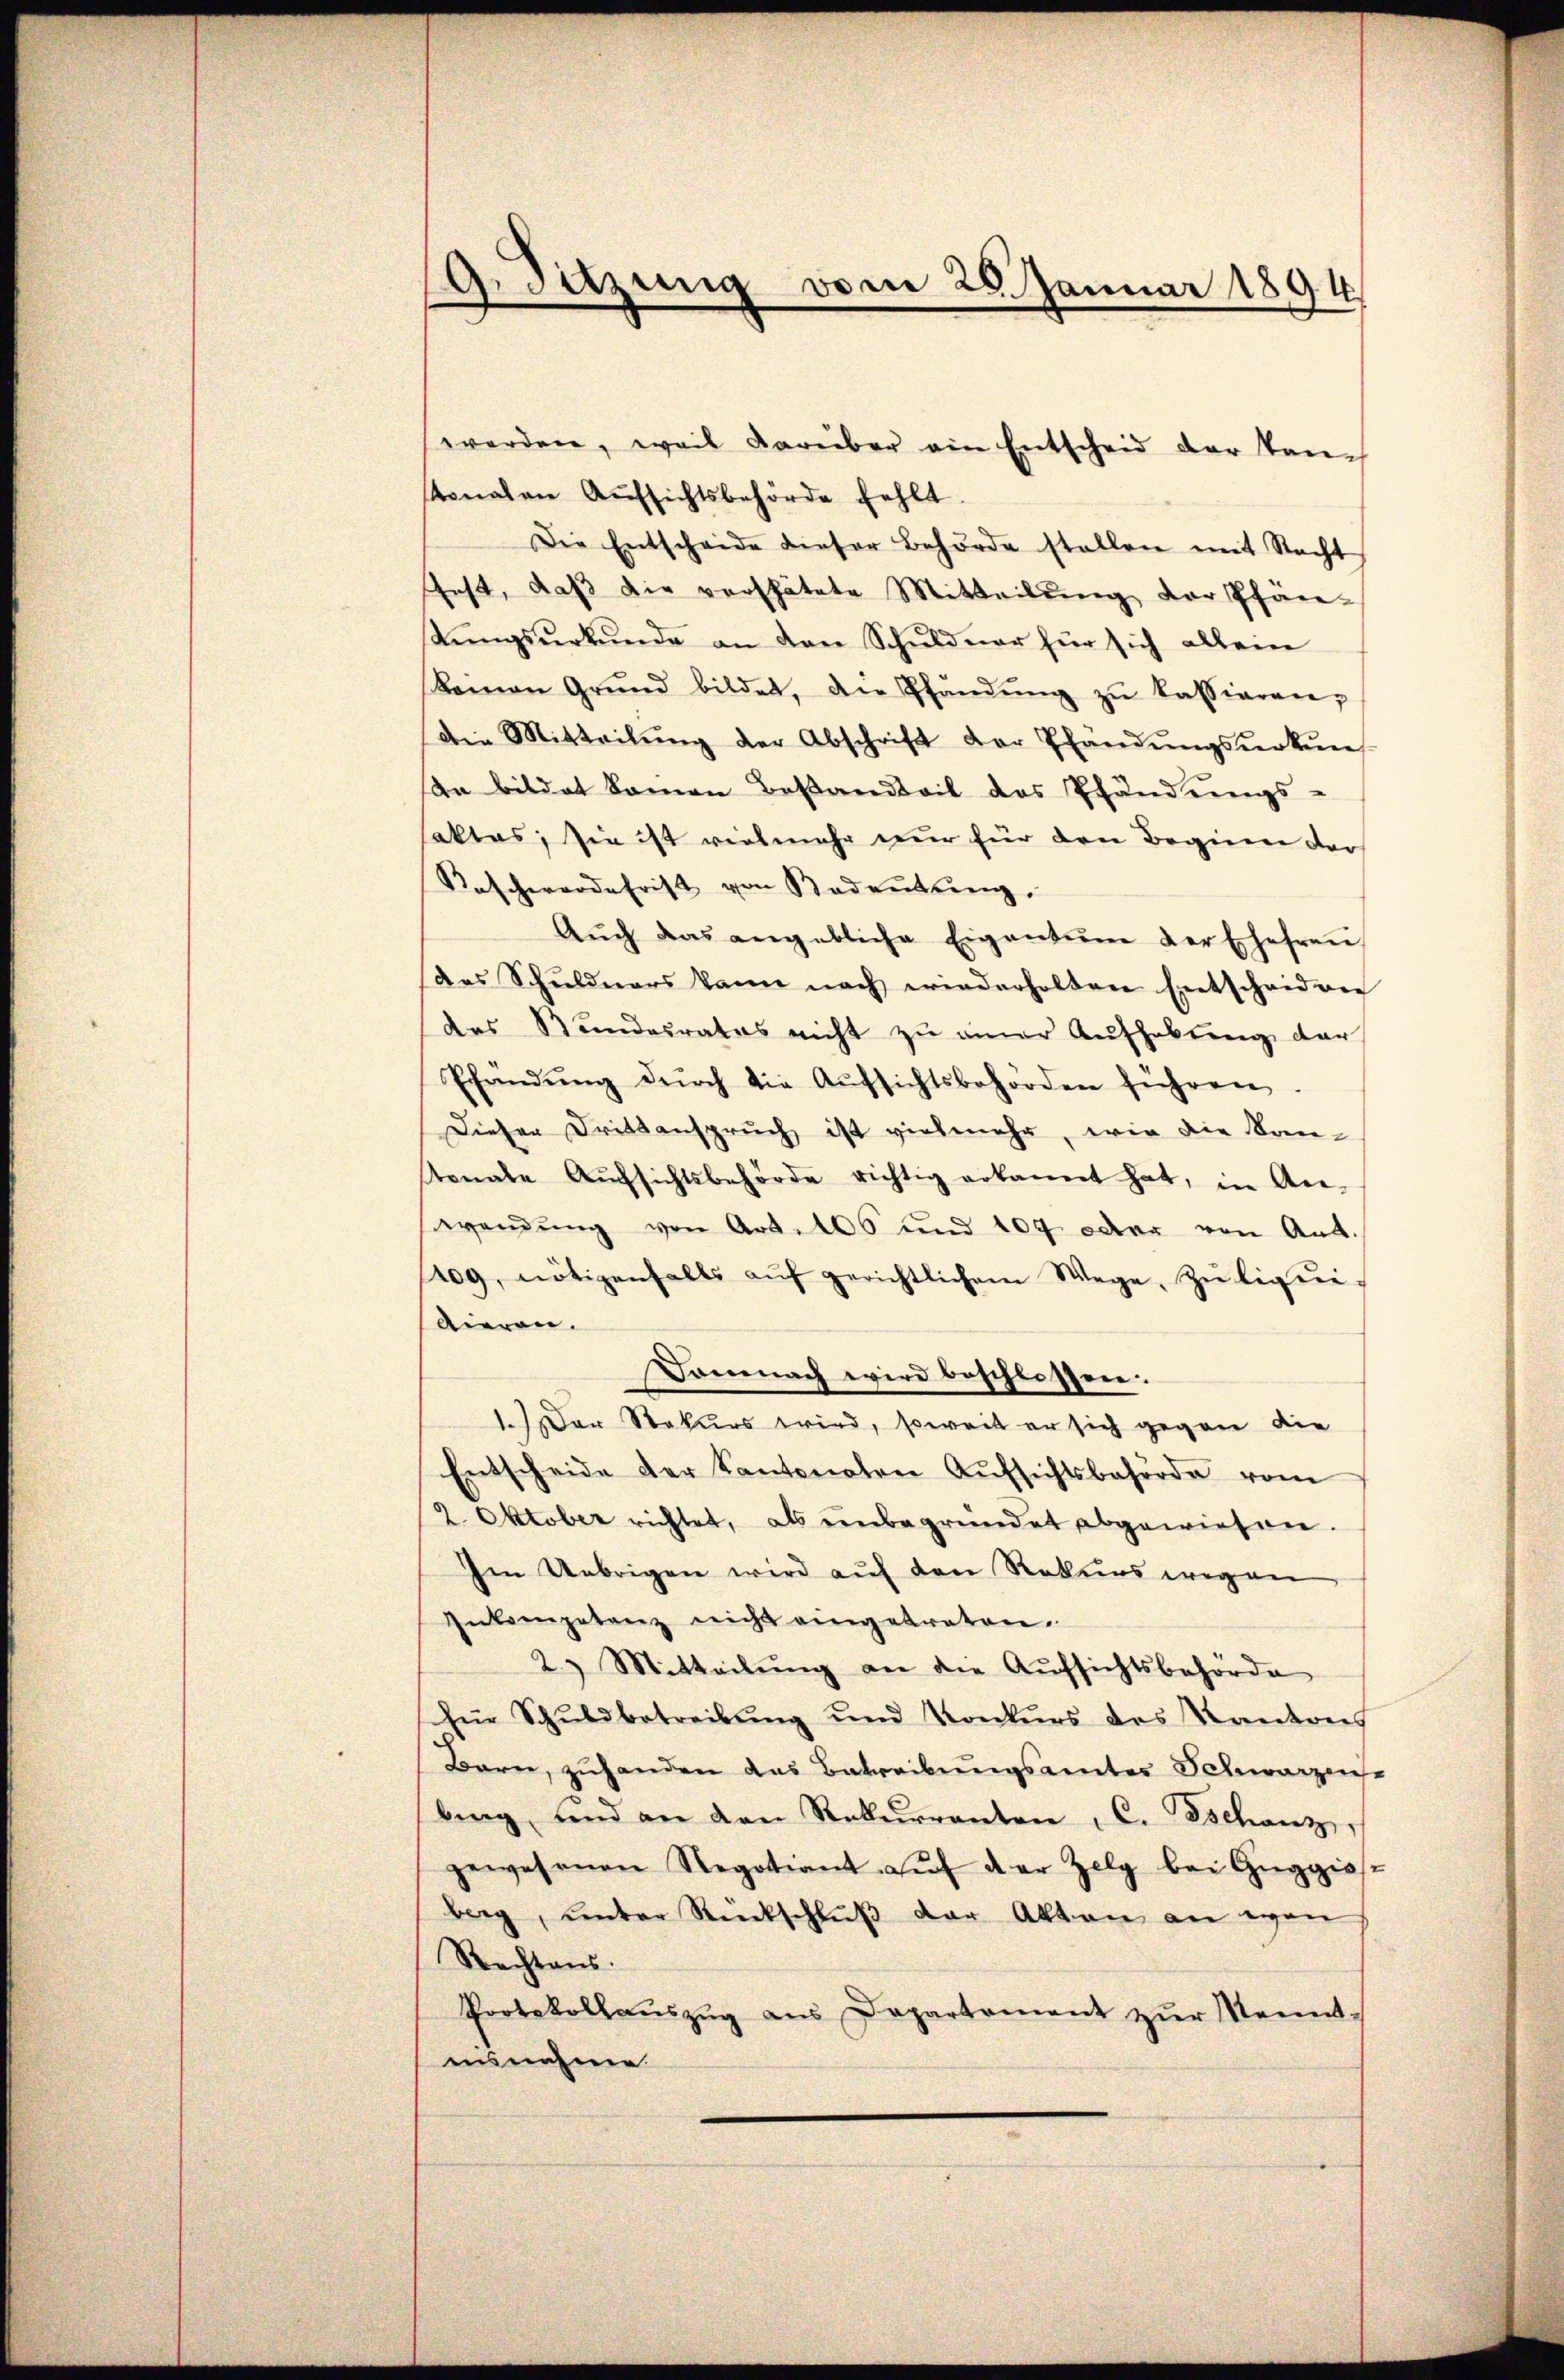
Gazung vom 28. Januar 1894

werden, weil darüber ein Entscheid der tauch
tonalen Aŭfsichtsbehörde fehlt.
Die Entscheide dieser Behörde stellen mit Nacht
fest, daß die verspätete Mitteilung der Pfän-
stŭngsŭrkŭnde an den Schŭldner für sich allein
Keinen Grŭnd bildet, der Pfandŭng zŭ kassiaren,
die Mitteilŭng der Abschrift der Thandŭngsŭrkŭn
an bildet keinen Besandteil des Pfändungs-
aktas, sie ist vielmehr nur für den Beginne der
Raschwerdefrist von Bedeutung,
Aŭch das angebliche Eigentum der Ehefraŭ
des Schuldners kann nach wiederholten Entscheiden
des Stŭndesrates nicht zŭ einer Aŭfhebung der
Pfündŭng dŭrch die Aŭfsichtsbehörden führen
Dieser Drittanspruch ist vielmehr, wie die Kantonale Aŭfsichtsbehörde richtig erkannt hat, in An-
wendung von Art. 406 und 104 oder von Ant.
1209, nötigenfalls aŭf gerichtlichem Wege, zŭ liqui-
tieren.
Demnach wird beschlossen.
1.Der Stakurs wird, soweit er sich gegen die
Entscheide der Kantonalen Aŭfsichtsbehörde vom
2. Oktober richtet, als ŭnbegründet abgewiesen.
Im Uebrigen wird auf den Rekurs wegen
Inkompetenz nicht eingetreten.
2.) Mitteilŭng an die Aufsichtsbehörde
fi Schuldbetreibung und Konkurs des Kantons
Bern, zuhanden das Betreibungsamtes Schwarzene
bing und an den Rekurrenten, C. Tschanz,
gewesenen Regotiant aŭf der Zelg bei Gŭggiss-
berg, unter Rückschlŭβ der Akten an evan
Rechtens.
Protokollaŭszŭg aŭs Departement zŭr Kennt-
ausnahme.